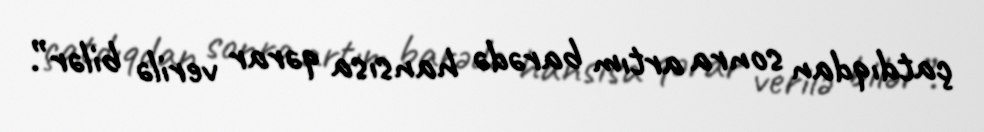
çatdıqdan sonra artım barədə hansısa qərar verilə bilər”.